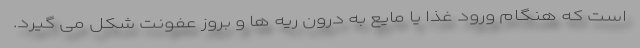
است که هنگام ورود غذا یا مایع به درون ریه ها و بروز عفونت شکل می گیرد.